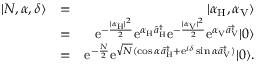
\begin{array} { r l r } { | N , \alpha , \delta \rangle } & { = } & { | \alpha _ { \mathrm { H } } , \alpha _ { \mathrm { V } } \rangle } \\ & { = } & { \mathrm { e } ^ { - \frac { | \alpha _ { \mathrm { H } } | ^ { 2 } } { 2 } } \mathrm { e } ^ { \alpha _ { \mathrm { H } } \hat { a } _ { \mathrm { H } } ^ { \dagger } } \mathrm { e } ^ { - \frac { | \alpha _ { \mathrm { V } } | ^ { 2 } } { 2 } } \mathrm { e } ^ { \alpha _ { \mathrm { V } } \hat { a } _ { \mathrm { V } } ^ { \dagger } } | 0 \rangle } \\ & { = } & { \mathrm { e } ^ { - \frac { N } { 2 } } \mathrm { e } ^ { \sqrt { N } ( \cos \alpha \hat { a } _ { \mathrm { H } } ^ { \dagger } + \mathrm { e } ^ { i \delta } \sin \alpha \hat { a } _ { \mathrm { V } } ^ { \dagger } ) } | 0 \rangle . } \end{array}